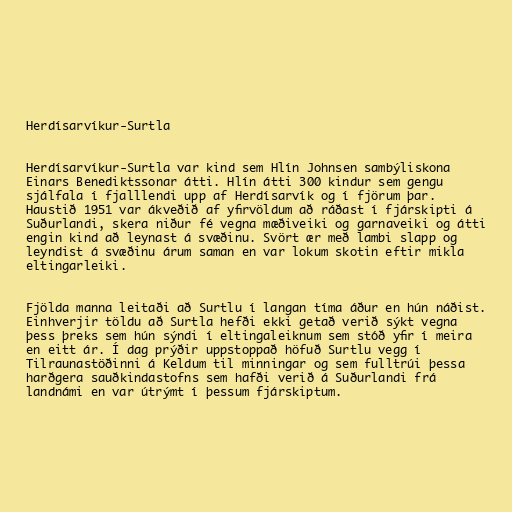
Herdísarvíkur-Surtla

Herdísarvíkur-Surtla var kind sem Hlín Johnsen sambýliskona
Einars Benediktssonar átti. Hlín átti 300 kindur sem gengu
sjálfala í fjalllendi upp af Herdísarvík og í fjörum þar.
Haustið 1951 var ákveðið af yfirvöldum að ráðast í fjárskipti á
Suðurlandi, skera niður fé vegna mæðiveiki og garnaveiki og átti
engin kind að leynast á svæðinu. Svört ær með lambi slapp og
leyndist á svæðinu árum saman en var lokum skotin eftir mikla
eltingarleiki.

Fjölda manna leitaði að Surtlu í langan tíma áður en hún náðist.
Einhverjir töldu að Surtla hefði ekki getað verið sýkt vegna
þess þreks sem hún sýndi í eltingaleiknum sem stóð yfir í meira
en eitt ár. Í dag prýðir uppstoppað höfuð Surtlu vegg í
Tilraunastöðinni á Keldum til minningar og sem fulltrúi þessa
harðgera sauðkindastofns sem hafði verið á Suðurlandi frá
landnámi en var útrýmt í þessum fjárskiptum.